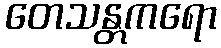
တေသန္တကရော